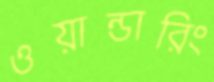
ওয়ান্ডারিং